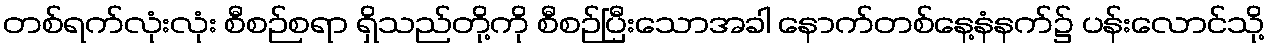
တစ်ရက်လုံးလုံး စီစဉ်စရာ ရှိသည်တို့ကို စီစဉ်ပြီးသောအခါ နောက်တစ်နေ့နံနက်၌ ပန်းလောင်သို့